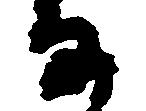
な